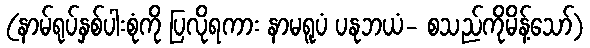
(နာမ်ရုပ်နှစ်ပါးစုံကို ပြလိုရကား နာမရူပံ ပနုဘယံ- စသည်ကိုမိန့်သော်)